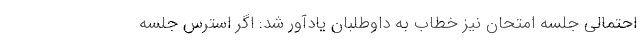
احتمالی جلسه امتحان نیز خطاب به داوطلبان یادآور شد: اگر استرس جلسه